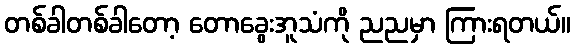
တစ်ခါတစ်ခါတော့ တောခွေးအူသံကို ညညမှာ ကြားရတယ်။